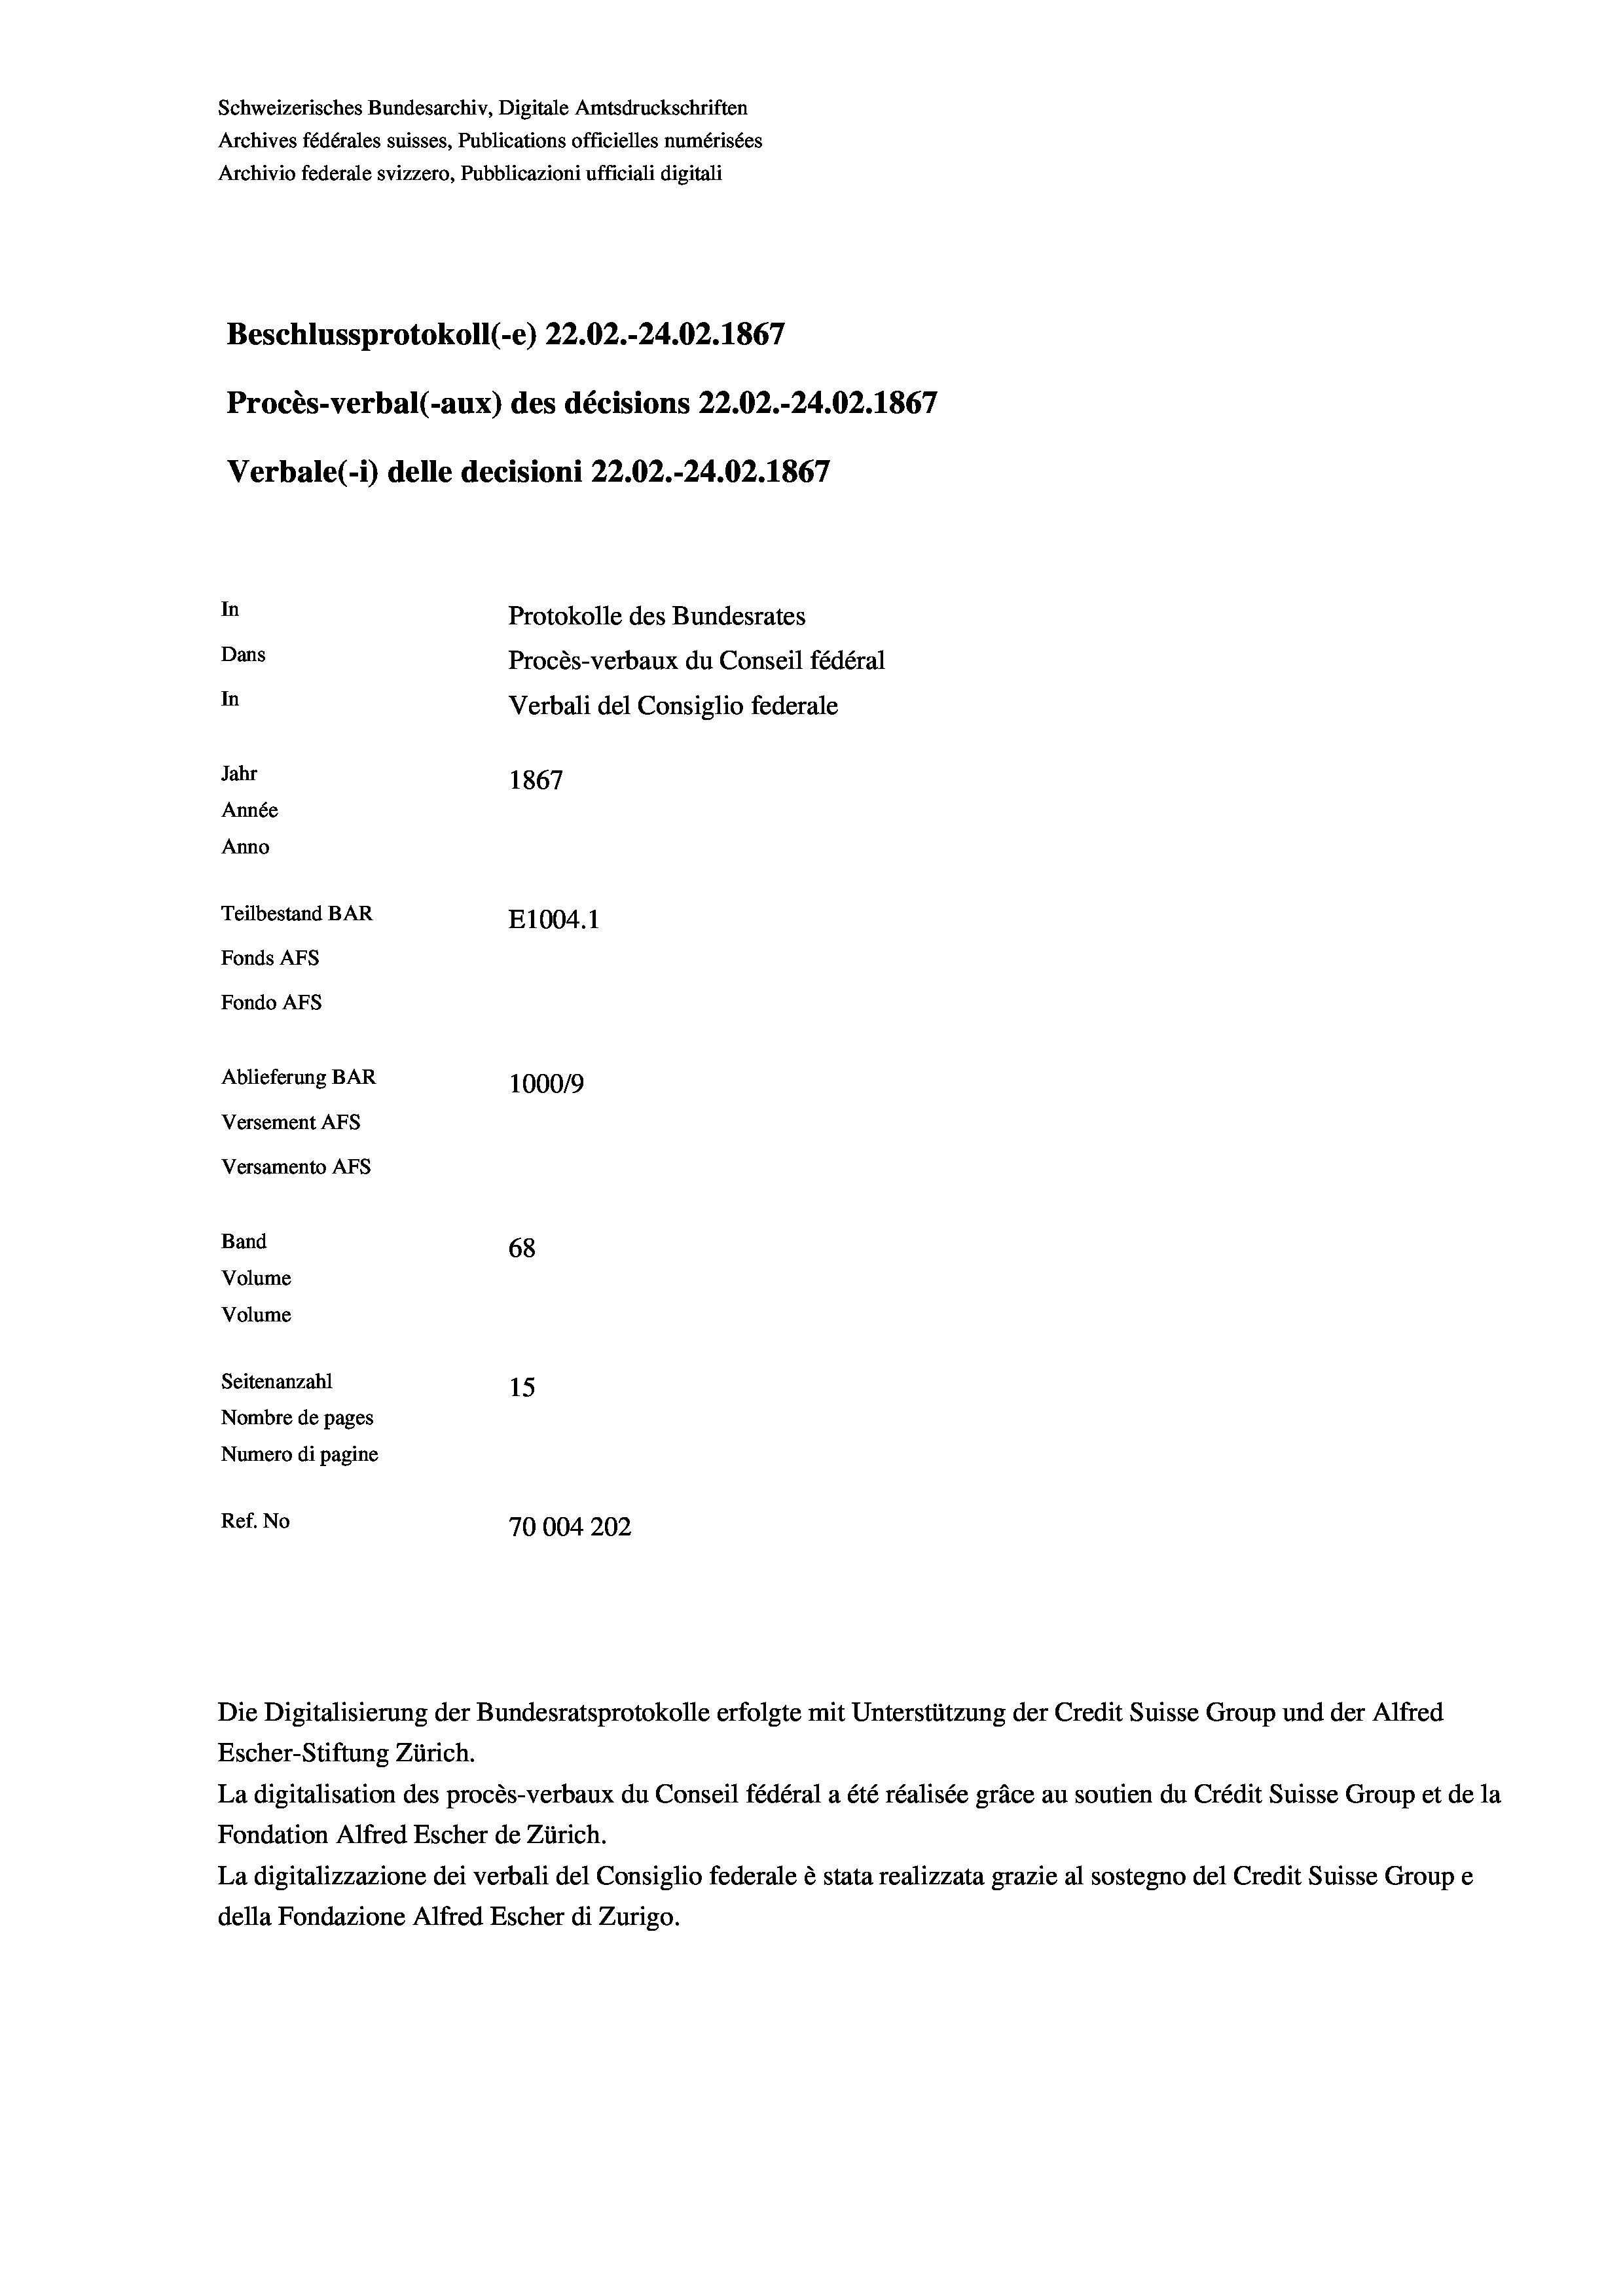
Schweizerisches Bundesarchiv, Digitale Amtsdruckschriften
Archives fédérales suisses, Publications officielles numérisées
Archivio federale svizzero, Pubblicazioni ufficiali digitali
Beschlussprotokoll (-e) 22.02.-24.02. 1867
Procès-verbal (-aux) des décisions 22.02.-24.02. 1867
Verbale (1) delle decisioni 22.02.-24.02. 1867
In
Protokolle des Bundesrates
Dans
Procès-verbaux du Conseil fédéral
In
Verbali del Consiglio federale
Jahr
1867
Année
Anno
Teilbestand BAR
E1004.1
Fonds AFs
Fondo Afs

Ablieferung BAR
Versement Ans
Versamento Afs
Band
Volume
Volume
Seitenanzahl

100019
68
15
Nombre de pages
Numero di pagine
Ref. No
70004202

Escher-Stiftung Zürich.
La digitalisation des procès-verbaux du Conseil fédéral a été réalisée gräce au soutien du Crédit Suisse Group et de la
Fondation Alfred Escher de Zürich.
La digitalizzazione dei verbali del Consiglio federale è stata realizzata grazie al sostegno del Credit Suisse Groupe
della Fondazione Alfred Escher di Zurigo.

Die Digitalisierung der Bundesratsprotokolle erfolgte mit Unterstützung der Credit Suisse Group und der Alfred